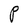
Character: P